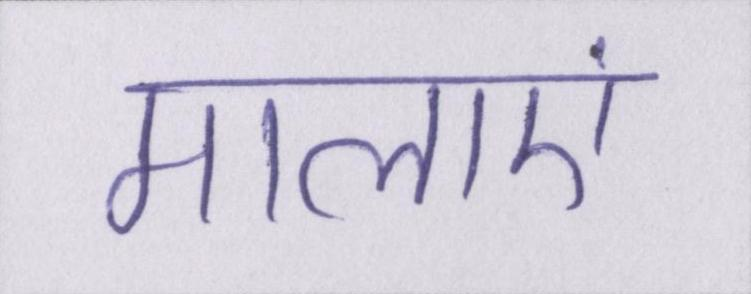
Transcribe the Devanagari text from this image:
मालाएं